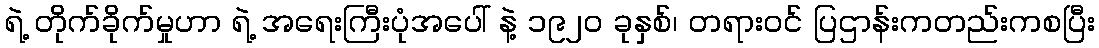
ရဲ့ တိုက်ခိုက်မှုဟာ ရဲ့ အရေးကြီးပုံအပေါ် နဲ့ ၁၉၂၀ ခုနှစ်၊ တရားဝင် ပြဌာန်းကတည်းကစပြီး